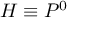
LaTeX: H \equiv P ^ { 0 }